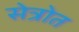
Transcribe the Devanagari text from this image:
सेत्रोत